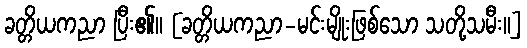
ခတ္တိယကညာ ပြီး၏။ [ခတ္တိယကညာ-မင်းမျိုးဖြစ်သော သတို့သမီး။]